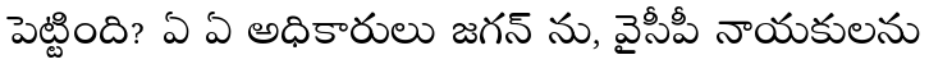
పెట్టింది? ఏ ఏ అధికారులు జగన్ ను, వైసీపీ నాయకులను